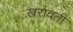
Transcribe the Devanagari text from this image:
खरावती